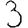
Digit: 3